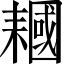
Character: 𱻵